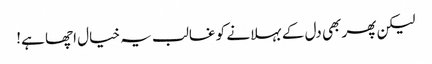
لیکن پھر بھی دل کے بہلانے کو غالب یہ خیال اچھا ہے!